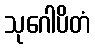
သုဂေါပိတံ